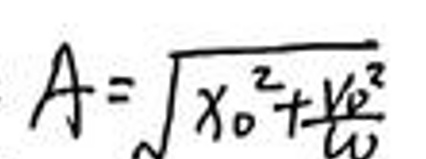
$A = \sqrt { x _ { 0 } ^ { 2 } + \frac { y _ { 0 } ^ { 2 } } { u } }$